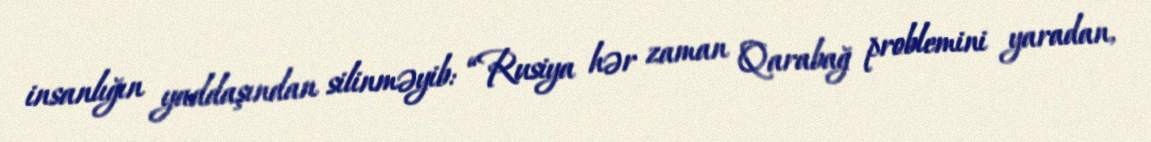
insanlığın yaddaşından silinməyib: “Rusiya hər zaman Qarabağ problemini yaradan,